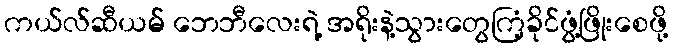
ကယ်လ်ဆီယမ် ဘေဘီလေးရဲ့ အရိုးနဲ့သွားတွေကြံ့ခိုင်ဖွံ့ဖြိုးစေဖို့